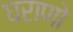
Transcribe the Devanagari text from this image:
घराणो